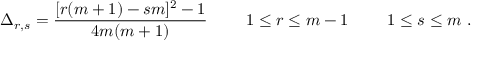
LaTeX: \Delta _ { r , s } = { \frac { [ r ( m + 1 ) - s m ] ^ { 2 } - 1 } { 4 m ( m + 1 ) } } \ \qquad 1 \leq r \leq m - 1 \ \qquad 1 \leq s \leq m \ .